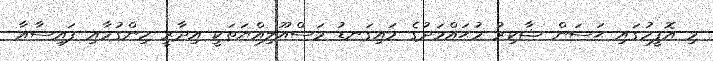
މި އޮފީހުގައި ޙަސަން ޝާކިރު މުޙައްމަދުގެ މައިގަނޑު މަސްއޫލިއްޔަތަކީ އިދާރީ ހިންގުމާއި ފައިސާއާ